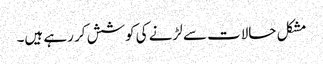
مشکل حالات سے لڑنے کی کوشش کر رہے ہیں۔